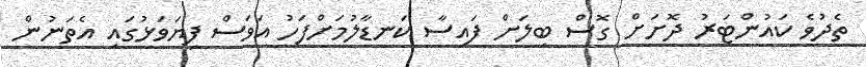
ތެދުވެ ކައުންޓަރު ދޮށަށް ގޮސް ބިލަށް ފައިސާ ކަނޑާލުމަށްފަހު އަވަސް ފިޔަވަޅުގައި އެތަނުން